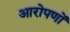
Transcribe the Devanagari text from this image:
आरोपणों